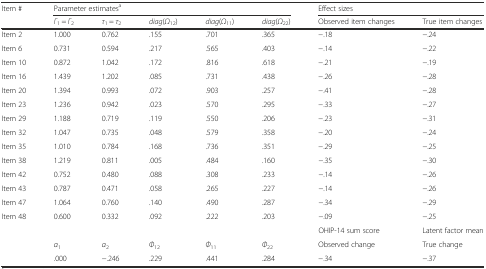
| Item # | <COLSPAN=5> Parameter estimatesa | <COLSPAN=2> Effect sizes |
 |  | Γ1 = Γ2 | τ1 = τ2 | diag(Ω12) | diag(Ω11) | diag(Ω22) | Observed item changes | True item changes |
 | --- | --- | --- | --- | --- | --- | --- | --- |
 | Item 2 | 1.000 | 0.762 | .155 | .701 | .365 | −.18 | −.24 |
 | Item 6 | 0.731 | 0.594 | .217 | .565 | .403 | −.14 | −.22 |
 | Item 10 | 0.872 | 1.042 | .172 | .816 | .618 | −.21 | −.19 |
 | Item 16 | 1.439 | 1.202 | .085 | .731 | .438 | −.26 | −.28 |
 | Item 20 | 1.394 | 0.993 | .072 | .903 | .257 | −.41 | −.28 |
 | Item 23 | 1.236 | 0.942 | .023 | .570 | .295 | −.33 | −.27 |
 | Item 29 | 1.188 | 0.719 | .119 | .550 | .206 | −.23 | −.31 |
 | Item 32 | 1.047 | 0.735 | .048 | .579 | .358 | −.20 | −.24 |
 | Item 35 | 1.010 | 0.784 | .168 | .736 | .351 | −.29 | −.25 |
 | Item 38 | 1.219 | 0.811 | .005 | .484 | .160 | −.35 | −.30 |
 | Item 42 | 0.752 | 0.480 | .088 | .308 | .233 | −.14 | −.26 |
 | Item 43 | 0.787 | 0.471 | .058 | .265 | .227 | −.14 | −.26 |
 | Item 47 | 1.064 | 0.760 | .140 | .490 | .287 | −.34 | −.29 |
 | Item 48 | 0.600 | 0.332 | .092 | .222 | .203 | −.09 | −.25 |
 |  |  |  |  |  |  | OHIP-14 sum score | Latent factor mean |
 |  | α1 | α2 | Φ12 | Φ11 | Φ22 | Observed change | True change |
 |  | .000 | −.246 | .229 | .441 | .284 | −.34 | −.37 |